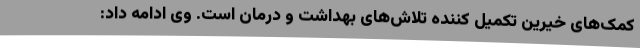
کمک‌های خیرین تکمیل کننده تلاش‌های بهداشت و درمان است. وی ادامه داد: